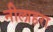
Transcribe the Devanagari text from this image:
नीलाहरा